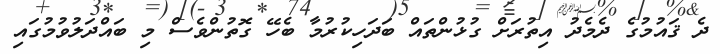
ދެ ޤައުމުގެ ދެމެދު އިތުރަށް ގުޅުންތައް ބަދަހިކުރުމާ ބެހޭ ގޮތުންވެސް މި ބައްދަލުވުމުގައި